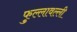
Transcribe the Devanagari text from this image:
फुल्लावल्ली